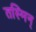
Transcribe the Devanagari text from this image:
तस्मिन्‌